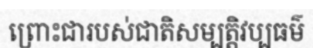
ព្រោះជារបស់ជាតិសម្បត្តិវប្បធម៌